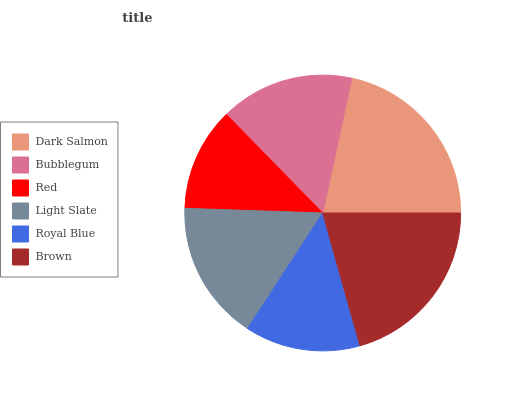
| Dark Salmon | Bubblegum | Red | Light Slate | Royal Blue | Brown |
 | --- | --- | --- | --- | --- | --- |
 | 21.6% | 15.7% | 12.1% | 16.4% | 13.5% | 20.7% |